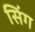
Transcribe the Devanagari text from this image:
सिंग